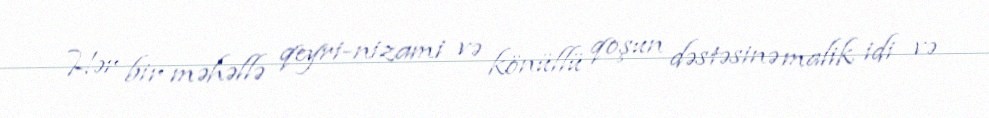
Hər bir məhəllə qeyri-nizami və könüllü qoşun dəstəsinə malik idi və